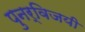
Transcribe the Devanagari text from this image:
पुनर्विजयी